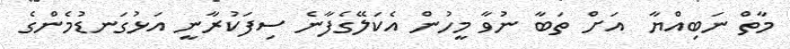
މާތް ނަބިއްޔާ  އަށް ތަބާ ނުވާ މީހުން އެކަލޭގެފާނެ ސިފަކުރާނީ އަޅުގަނޑުމެންގެ